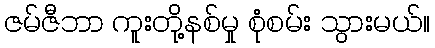
ဇမ်ဇီဘာ ကူးတို့နစ်မှု စုံစမ်း သွားမယ်။